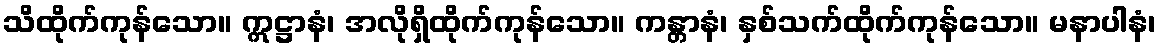
သိထိုက်ကုန်သော။ ဣဋ္ဌာနံ၊ အလိုရှိထိုက်ကုန်သော။ ကန္တာနံ၊ နှစ်သက်ထိုက်ကုန်သော။ မနာပါနံ၊